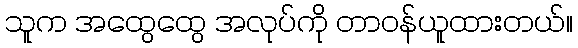
သူက အထွေထွေ အလုပ်ကို တာဝန်ယူထားတယ်။